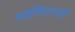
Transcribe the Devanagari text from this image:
अस्थिरताओं